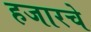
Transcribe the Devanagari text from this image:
हजारचे